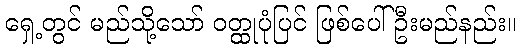
ရှေ့တွင် မည်သို့သော် ဝတ္ထုပုံပြင် ဖြစ်ပေါ်ဦးမည်နည်း။